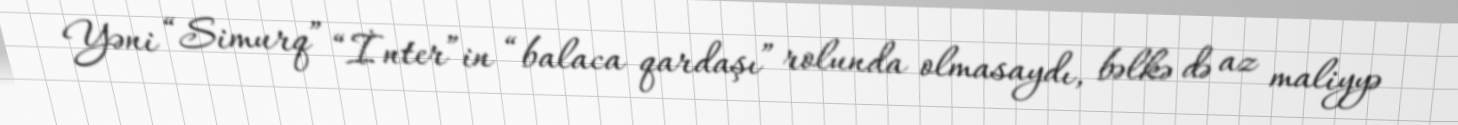
Yəni “Simurq” “İnter”in “balaca qardaşı” rolunda olmasaydı, bəlkə də az maliyyə